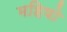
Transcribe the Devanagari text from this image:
महिषो